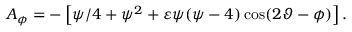
A _ { \phi } = - \left[ \psi / 4 + \psi ^ { 2 } + \varepsilon \psi ( \psi - 4 ) \cos ( 2 \vartheta - \phi ) \right] .